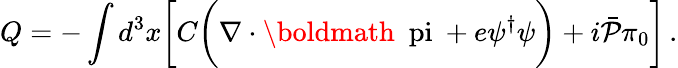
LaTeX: Q=-\int d^{3}x\biggl[C\biggl(\nabla\cdot\mathrm{\boldmath~\ pi~}+e\psi^{\dagger}\psi\biggr)+i{\bar{\cal P}}\pi_{0}\biggr]\, .